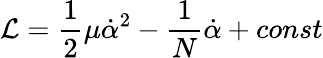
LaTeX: {\cal L}=\frac{1}{2}\mu\dot{\alpha}^{2}-\frac{1}{N}\dot{\alpha}+const